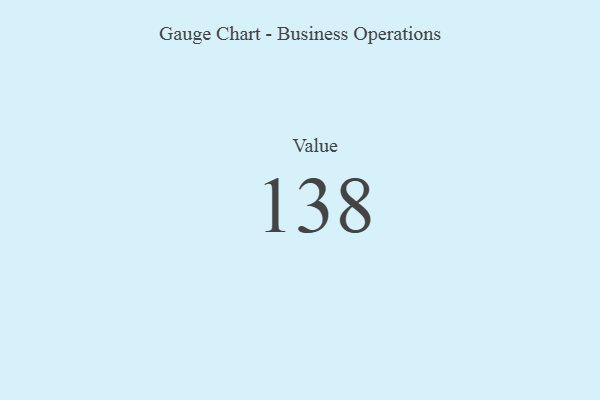
{"axis": {"x": "Metric", "y": "Value"}, "legend": [""], "data": [{"x": "Value", "y": 138, "type": ""}]}